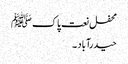
محفل نعت پاک ﷺ
حیدرآباد ۔